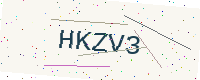
Text: HKZV3